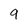
Character: 9